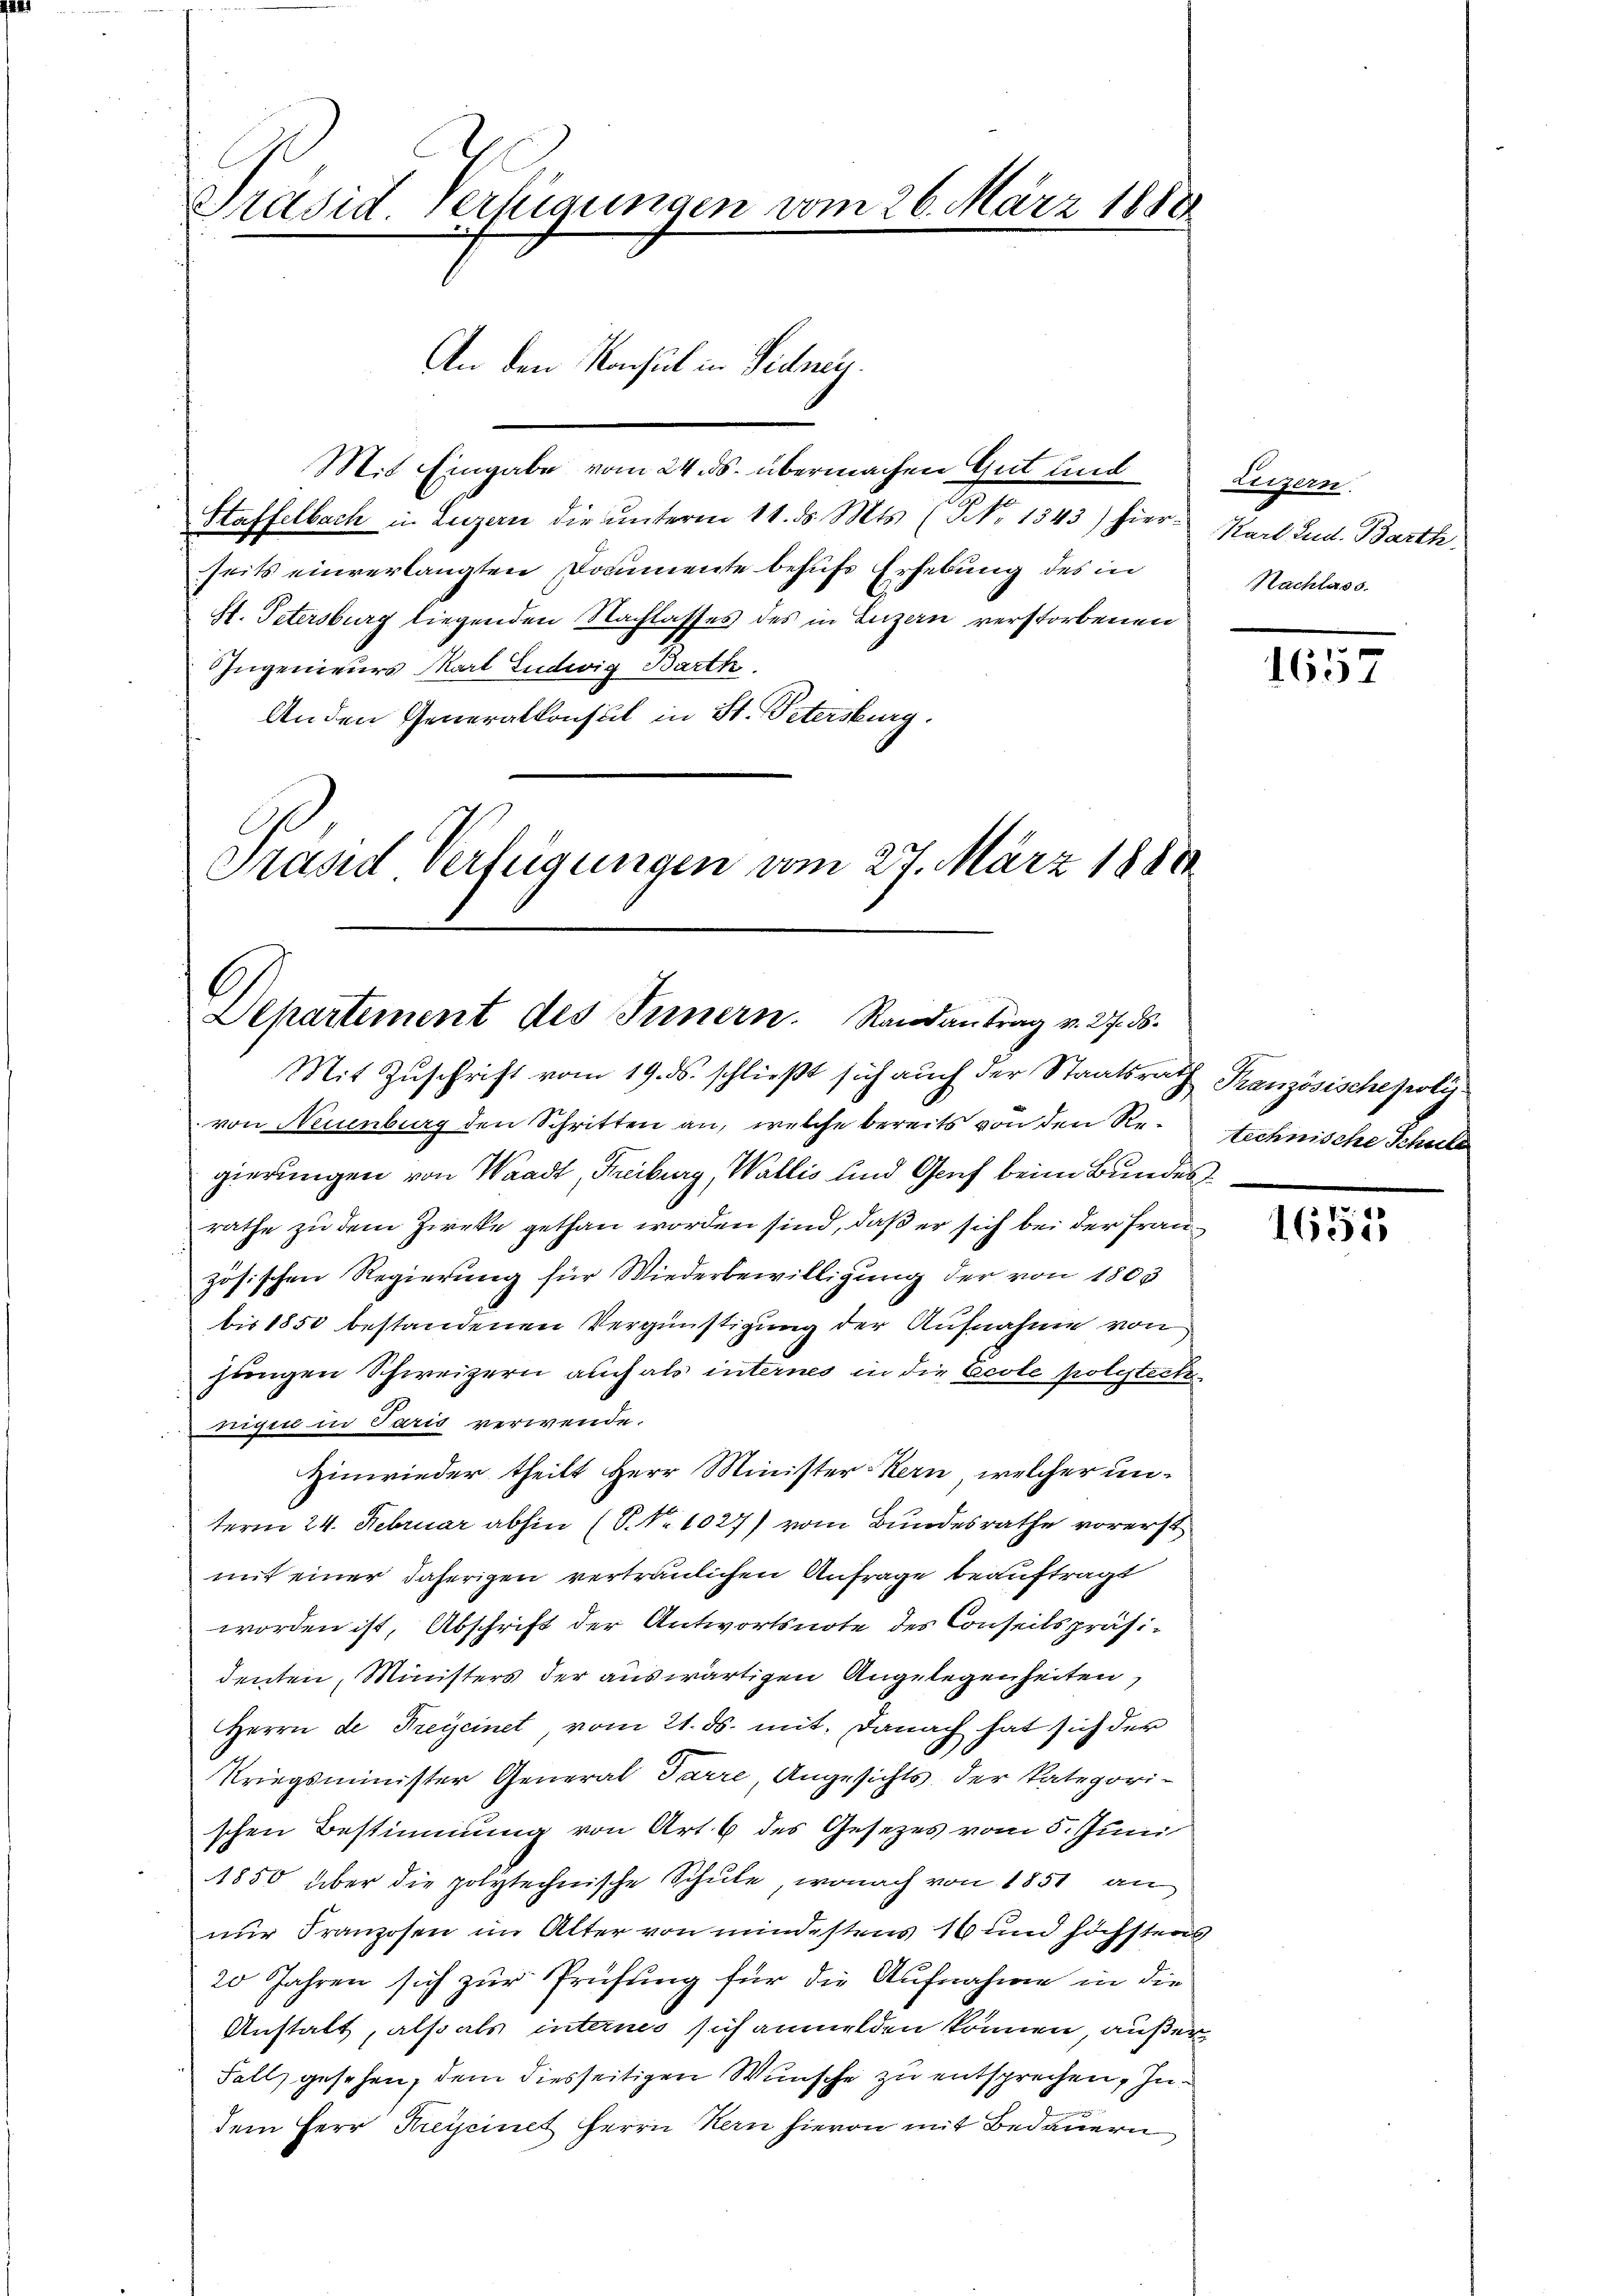
Präsid. Verfügungen vom 26. März 1888
An den Konsul in Sidnen.

Mit Eingabe vom 24. ds. übermachen Gut und
e
Staffelbach in Luzern die unterm 11. ds. Mts. (NNo. 1343) hier Karl Lud. Barth
seits einverlangten Dommente behufs Erhebung des in
H. Petersburg liegenden Nachlasses des in Luzern verstorbenen
Ingenieurs Kart Ludwig Bartk
Anden Generalkonsul in St. Petersburg.
Präsid Verfügungen vom 27. März 1880

6
Departement des Innern. Randantrag v. 27. ds.

Mit Zuschrift vom 19. ds. schließt sich auch der Staatsrath Französischepolyvon Neuenburg den Schritten an, welche bereits von den Regierungen von Waadt, Freiburg, Wallis und Genf beim Bundesrathe zu dem Zwecke gethan worden sind, daß er sich bei der Frauzösischen Regierung für Wiederbewilligung der von 1803
bis 1850 bestandenen Vergünstigung der Aufnahme von
jungen Schweizern auch als internes in die Ecole polytect
nigen in Paris verwende.
Hinwieder theilt Herr Minister-Kern, welcher un-
term 24. Februar abhin (P. Nr. 1027) vom Bundesrathe vorerst
mit einer daherigen vertraulichen Anfrage beauftragt
worden ist, Abschrift der Antwortsnote des Conseilspräsidenten, Ministers der auswärtigen Angelegenheiten,
Herrn de Freycinet, vom 21. ds. mit. Danach hat sich der
Kriegsminister General Tarre Angesichts der kategori-
schen Bestimmung von Art. 6 des Gesezes vom 5. Juni
1850 über die polytechnische Schule, wonach von 1851 an
nur Franzosen im Alter von mindestens 16 und höchstens
20 Jahren sich zur Prüfung für die Aufnahme in die
Anstalt, also als internes sich anmelden können, außer¬
Fall gesehen, dem diesseitigen Wunsche zu entsprechen, Indem Herr Kreycinet Herrn Hern hievon mit Bedauern

Luzern
Nachlass

1

technische Schuld

1655